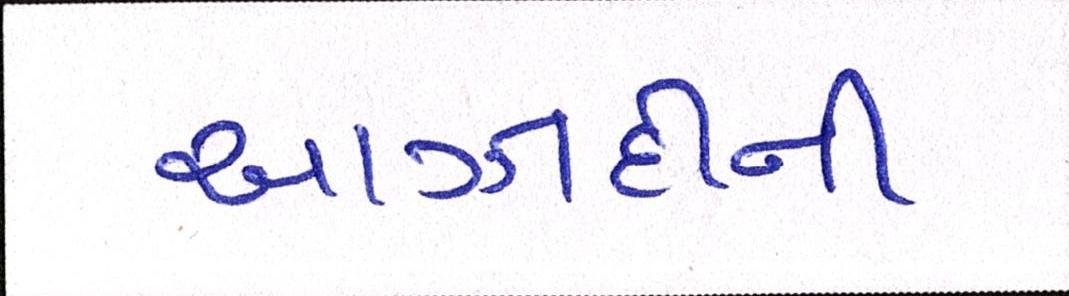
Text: આઝાદીની